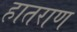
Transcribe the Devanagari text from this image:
हातराण